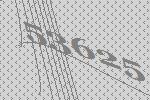
53625